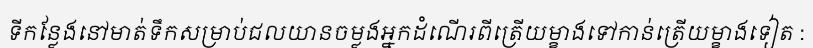
ទីកន្លែងនៅមាត់ទឹកសម្រាប់ជលយានចម្លងអ្នកដំណើរពីត្រើយម្ខាងទៅកាន់ត្រើយម្ខាងទៀត :